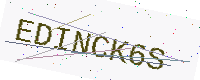
Text: EDINCK6S